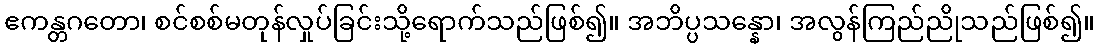
ဧကန္တဂတော၊ စင်စစ်မတုန်လှုပ်ခြင်းသို့ရောက်သည်ဖြစ်၍။ အဘိပ္ပသန္နော၊ အလွန်ကြည်ညိုသည်ဖြစ်၍။